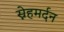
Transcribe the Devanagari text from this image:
स्नेहमर्दन